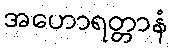
အဟောရတ္တာနံ